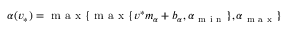
\alpha ( v _ { * } ) = \mathrm { ~ m ~ a ~ x ~ } \{ \mathrm { ~ m ~ a ~ x ~ } \{ v ^ { * } m _ { \alpha } + b _ { \alpha } , \alpha _ { \mathrm { ~ m ~ i ~ n ~ } } \} , \alpha _ { \mathrm { ~ m ~ a ~ x ~ } } \}